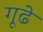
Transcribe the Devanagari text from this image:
गूढे